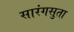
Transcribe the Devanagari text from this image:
सारंगसुता